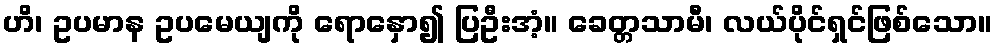
ဟိ၊ ဥပမာန ဥပမေယျကို ရောနှော၍ ပြဦးအံ့။ ခေတ္တသာမီ၊ လယ်ပိုင်ရှင်ဖြစ်သော။